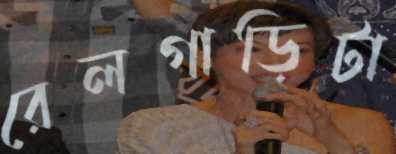
রেলগাড়িটা